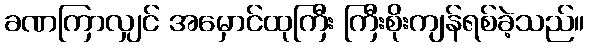
ခဏကြာလျှင် အမှောင်ထုကြီး ကြီးစိုးကျန်ရစ်ခဲ့သည်။